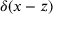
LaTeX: \delta ( x - z )